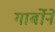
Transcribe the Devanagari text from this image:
गार्बोने